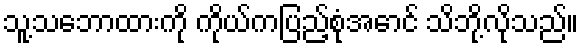
သူ့သဘောထားကို ကိုယ်ကပြည့်စုံအောင် သိဘို့လိုသည်။